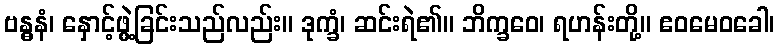
ဗန္ဓနံ၊ နှောင့်ဖွဲ့ခြင်းသည်လည်း။ ဒုက္ခံ၊ ဆင်းရဲ၏။ ဘိက္ခဝေ၊ ရဟန်းတို့။ ဧဝမေဝခေါ၊